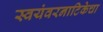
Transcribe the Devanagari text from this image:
स्वयंवरनाटिकेचा